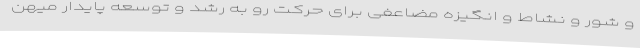
و شور و نشاط و انگیزه مضاعفی برای حرکت رو به رشد و توسعه پایدار میهن